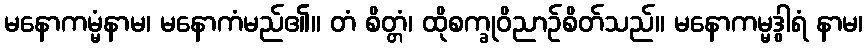
မနောကမ္မံနာမ၊ မနောကံမည်၏။ တံ စိတ္တံ၊ ထိုစက္ခုဝိညာဉ်စိတ်သည်။ မနောကမ္မဒွါရံ နာမ၊